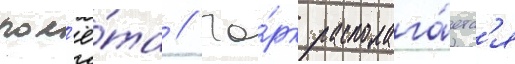
пол'ё́та // Па́рк располага́етс'я